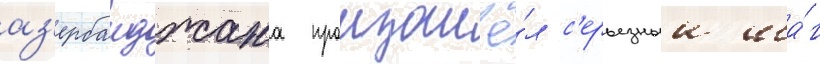
аз'ербаиджана произошё́л с'ерьезныи ша́г